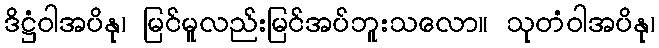
ဒိဋ္ဌံဝါအပိနု၊ မြင်မူလည်းမြင်အပ်ဘူးသလော။ သုတံဝါအပိနု၊